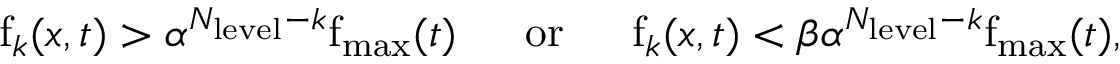
\mathrm { f } _ { k } ( \boldsymbol { x } , t ) > \alpha ^ { N _ { \mathrm { l e v e l } } - k } \mathrm { f } _ { \mathrm { m a x } } ( t ) \; \quad \; \mathrm { o r } \; \quad \; \mathrm { f } _ { k } ( \boldsymbol { x } , t ) < \beta \alpha ^ { N _ { \mathrm { l e v e l } } - k } \mathrm { f } _ { \mathrm { m a x } } ( t ) ,